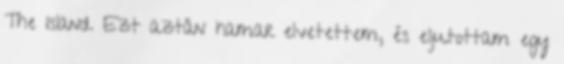
The Island. Ezt aztán hamar elvetettem, és eljutottam egy